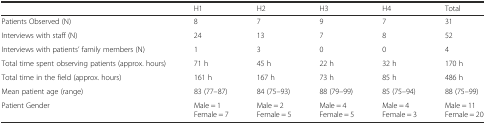
<table><thead><tr><td></td><td><b>H1</b></td><td><b>H2</b></td><td><b>H3</b></td><td><b>H4</b></td><td><b>Total</b></td></tr></thead><tbody><tr><td>Patients Observed (N)</td><td>8</td><td>7</td><td>9</td><td>7</td><td>31</td></tr><tr><td>Interviews with staff (N)</td><td>24</td><td>13</td><td>7</td><td>8</td><td>52</td></tr><tr><td>Interviews with patients’ family members (N)</td><td>1</td><td>3</td><td>0</td><td>0</td><td>4</td></tr><tr><td>Total time spent observing patients (approx. hours)</td><td>71 h</td><td>45 h</td><td>22 h</td><td>32 h</td><td>170 h</td></tr><tr><td>Total time in the field (approx. hours)</td><td>161 h</td><td>167 h</td><td>73 h</td><td>85 h</td><td>486 h</td></tr><tr><td>Mean patient age (range)</td><td>83 (77–87)</td><td>84 (75–93)</td><td>88 (79–99)</td><td>85 (75–94)</td><td>88 (75–99)</td></tr><tr><td>Patient Gender</td><td>Male = 1Female = 7</td><td>Male = 2Female = 5</td><td>Male = 4Female = 5</td><td>Male = 4Female = 3</td><td>Male = 11Female = 20</td></tr></tbody></table>